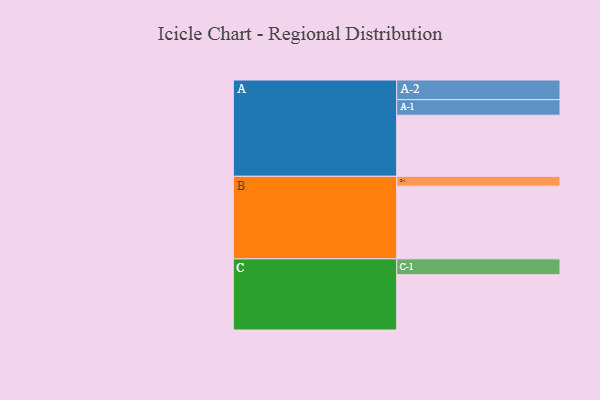
{"axis": {"x": "Segment", "y": "Value"}, "legend": ["", "A", "B", "C"], "data": [{"x": "A", "y": 466, "type": ""}, {"x": "B", "y": 555, "type": ""}, {"x": "C", "y": 422, "type": ""}, {"x": "A-1", "y": 119, "type": "A"}, {"x": "A-2", "y": 150, "type": "A"}, {"x": "B-1", "y": 75, "type": "B"}, {"x": "C-1", "y": 121, "type": "C"}]}